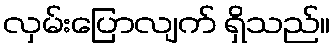
လှမ်းပြောလျက် ရှိသည်။